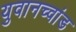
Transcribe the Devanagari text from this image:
युवानच्वांड